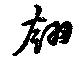
翎